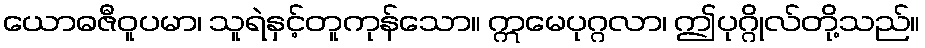
ယောဓဇီဝူပမာ၊ သူရဲနှင့်တူကုန်သော။ ဣမေပုဂ္ဂလာ၊ ဤပုဂ္ဂိုလ်တို့သည်။